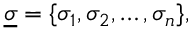
\underline { { \sigma } } = \{ \sigma _ { 1 } , \sigma _ { 2 } , \ldots , \sigma _ { n } \} ,